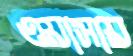
ওয়াসায়